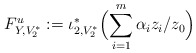
\begin{align*} F^u_{Y,V_2^{\ast}}:= \iota_{2,V_2^{\ast}}^{\ast} \Bigl( \sum_{i=1}^m \alpha_iz_i/z_0\Bigr)\end{align*}